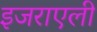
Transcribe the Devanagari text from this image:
इजराएली